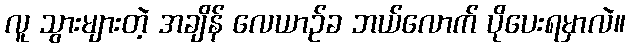
လူ သွားများတဲ့ အချိန် လေယာဉ်ခ ဘယ်လောက် ပိုပေးရမှာလဲ။